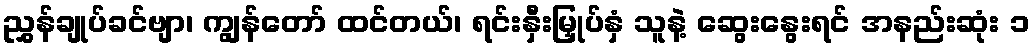
ညွှန်ချုပ်ခင်ဗျာ၊ ကျွန်တော် ထင်တယ်၊ ရင်းနှီးမြှုပ်နှံ သူနဲ့ ဆွေးနွေးရင် အနည်းဆုံး ၁